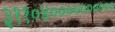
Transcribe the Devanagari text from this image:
३११०४००००००००००